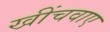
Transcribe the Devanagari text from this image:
खींचवाए